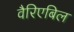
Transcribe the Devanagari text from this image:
वैरिएबिल